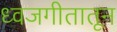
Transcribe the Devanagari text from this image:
ध्वजगीतातून